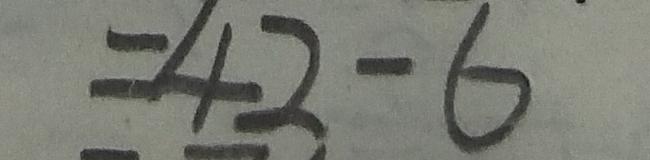
= 4 2 - 6